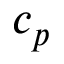
c _ { p }